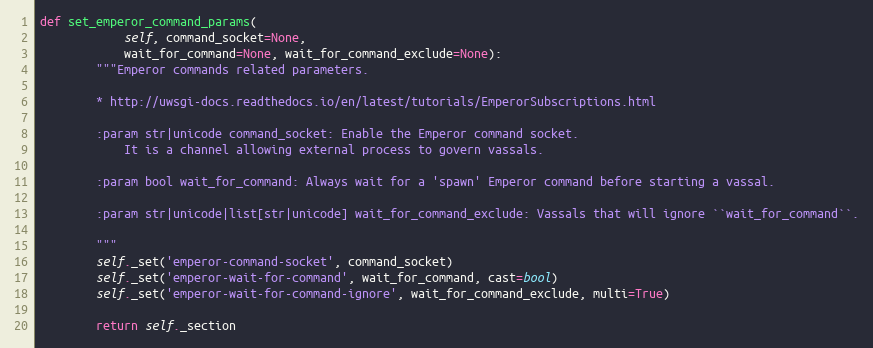
Language: Python
def set_emperor_command_params(
            self, command_socket=None,
            wait_for_command=None, wait_for_command_exclude=None):
        """Emperor commands related parameters.

        * http://uwsgi-docs.readthedocs.io/en/latest/tutorials/EmperorSubscriptions.html

        :param str|unicode command_socket: Enable the Emperor command socket.
            It is a channel allowing external process to govern vassals.

        :param bool wait_for_command: Always wait for a 'spawn' Emperor command before starting a vassal.

        :param str|unicode|list[str|unicode] wait_for_command_exclude: Vassals that will ignore ``wait_for_command``.

        """
        self._set('emperor-command-socket', command_socket)
        self._set('emperor-wait-for-command', wait_for_command, cast=bool)
        self._set('emperor-wait-for-command-ignore', wait_for_command_exclude, multi=True)

        return self._section